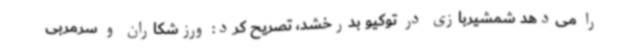
را می‌دهد شمشیربازی در توکیو بدرخشد، تصریح کرد: ورزشکاران و سرمربی